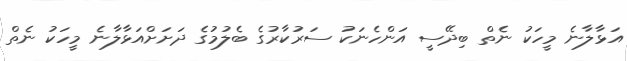
އަޅާލާނެ މީހަކު ނެތް ބިދޭސީ އަންހެނަކު ސަރުކާރުގެ ބެލުމުގެ ދަށަށްއަޅާލާނެ މީހަކު ނެތް